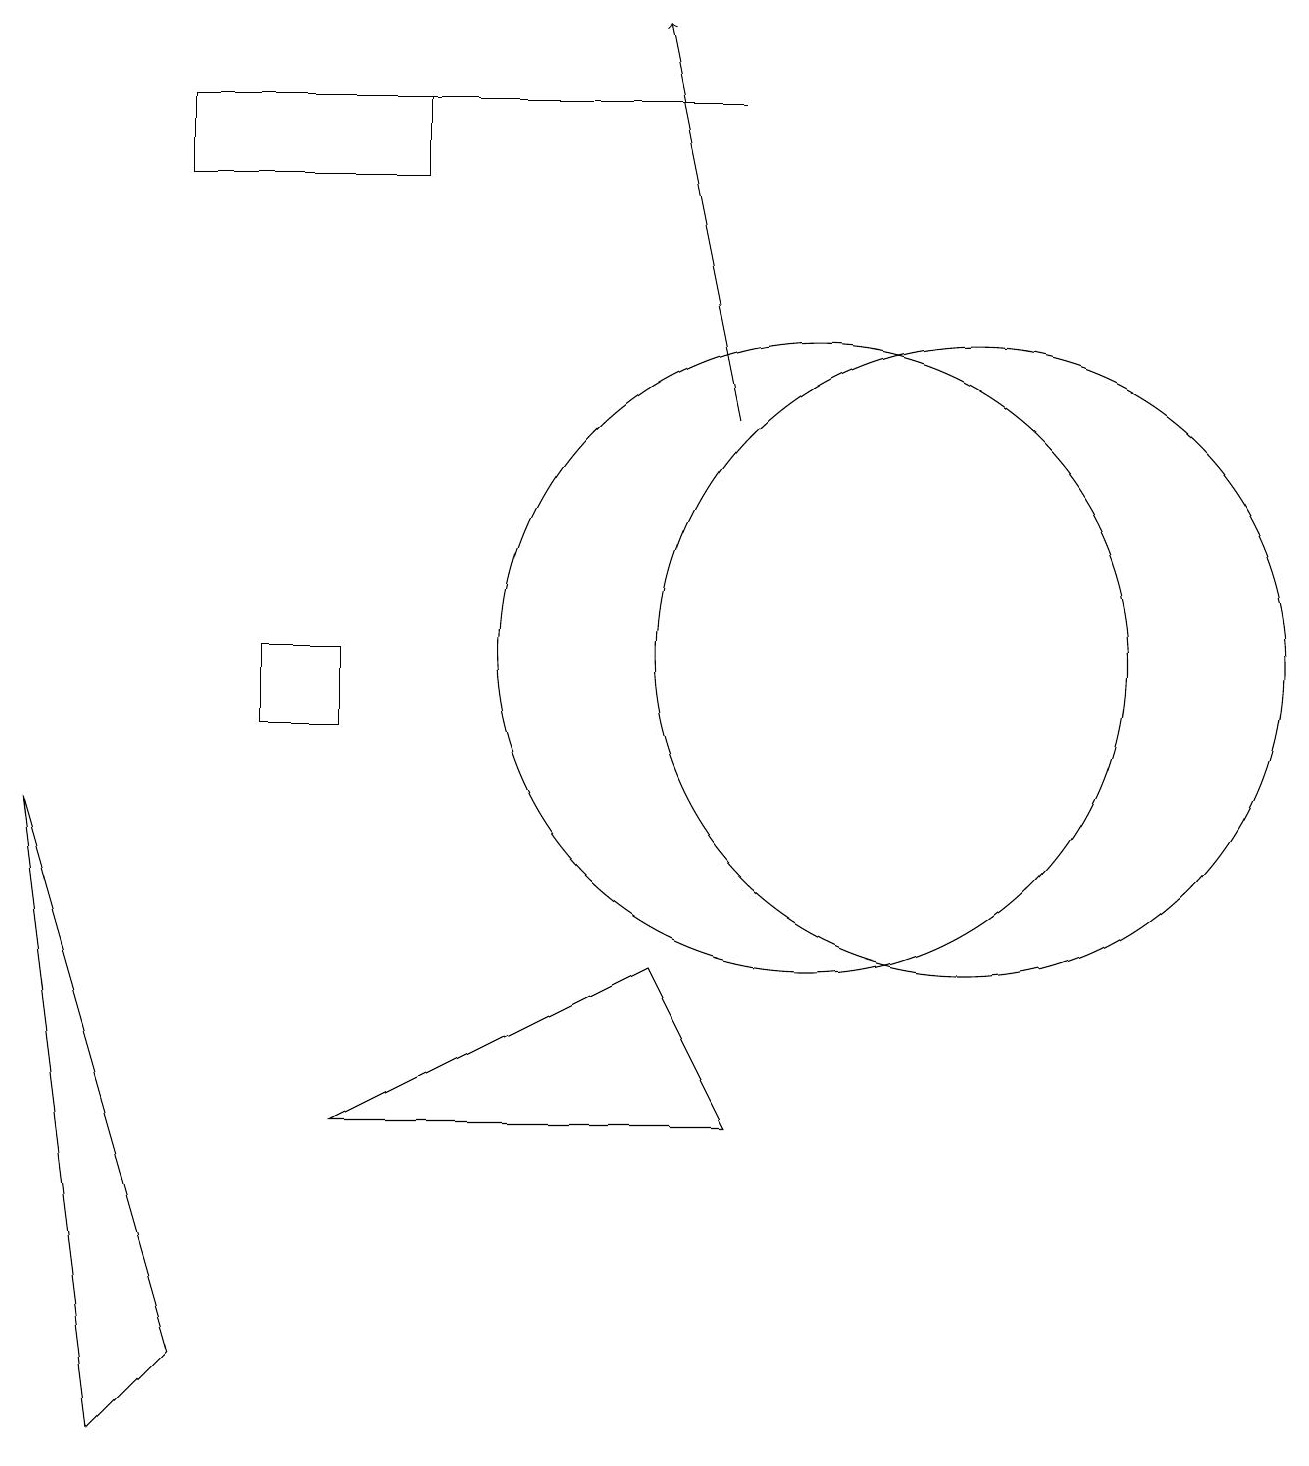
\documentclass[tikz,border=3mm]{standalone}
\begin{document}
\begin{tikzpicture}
\draw (9,5) -- (4,5) -- (8,7) -- cycle;
\draw[->] (9,14) -- (8,19);
\draw (3,11) rectangle (4,10);
\draw (10,11) circle (4);
\draw (12,11) circle (4);
\draw (2,18) rectangle (9,18);
\draw (2,2) -- (1,1) -- (0,9) -- cycle;
\draw (2,18) rectangle (5,17);
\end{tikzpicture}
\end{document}